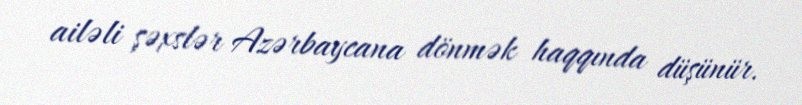
ailəli şəxslər Azərbaycana dönmək haqqında düşünür.